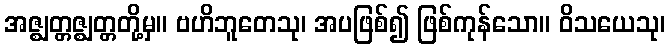
အဇ္ဈတ္တဇ္ဈတ္တတို့မှ။ ဗဟိဘူတေသု၊ အပဖြစ်၍ ဖြစ်ကုန်သော။ ဝိသယေသု၊